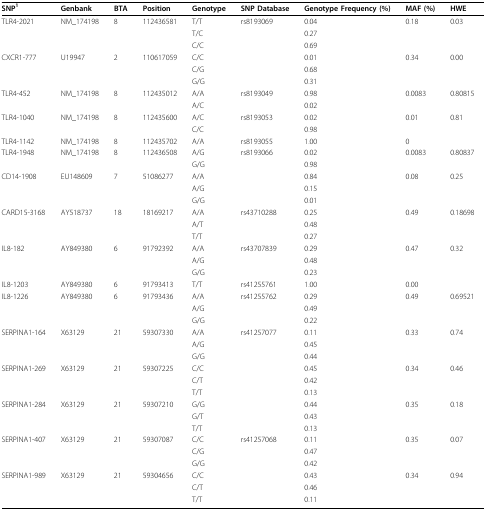
<table><thead><tr><td><b>SNP<sup>1</sup></b></td><td><b>Genbank</b></td><td><b>BTA</b></td><td><b>Position</b></td><td><b>Genotype</b></td><td><b>SNP Database</b></td><td><b>Genotype Frequency (%)</b></td><td><b>MAF (%)</b></td><td><b>HWE</b></td></tr></thead><tbody><tr><td>TLR4-2021</td><td>NM_174198</td><td>8</td><td>112436581</td><td>T/T</td><td>rs8193069</td><td>0.04</td><td>0.18</td><td>0.03</td></tr><tr><td></td><td></td><td></td><td></td><td>T/C</td><td></td><td>0.27</td><td></td><td></td></tr><tr><td></td><td></td><td></td><td></td><td>C/C</td><td></td><td>0.69</td><td></td><td></td></tr><tr><td>CXCR1-777</td><td>U19947</td><td>2</td><td>110617059</td><td>C/C</td><td></td><td>0.01</td><td>0.34</td><td>0.00</td></tr><tr><td></td><td></td><td></td><td></td><td>C/G</td><td></td><td>0.68</td><td></td><td></td></tr><tr><td></td><td></td><td></td><td></td><td>G/G</td><td></td><td>0.31</td><td></td><td></td></tr><tr><td>TLR4-452</td><td>NM_174198</td><td>8</td><td>112435012</td><td>A/A</td><td>rs8193049</td><td>0.98</td><td>0.0083</td><td>0.80815</td></tr><tr><td></td><td></td><td></td><td></td><td>A/C</td><td></td><td>0.02</td><td></td><td></td></tr><tr><td>TLR4-1040</td><td>NM_174198</td><td>8</td><td>112435600</td><td>A/C</td><td>rs8193053</td><td>0.02</td><td>0.01</td><td>0.81</td></tr><tr><td></td><td></td><td></td><td></td><td>C/C</td><td></td><td>0.98</td><td></td><td></td></tr><tr><td>TLR4-1142</td><td>NM_174198</td><td>8</td><td>112435702</td><td>A/A</td><td>rs8193055</td><td>1.00</td><td>0</td><td></td></tr><tr><td>TLR4-1948</td><td>NM_174198</td><td>8</td><td>112436508</td><td>A/G</td><td>rs8193066</td><td>0.02</td><td>0.0083</td><td>0.80837</td></tr><tr><td></td><td></td><td></td><td></td><td>G/G</td><td></td><td>0.98</td><td></td><td></td></tr><tr><td>CD14-1908</td><td>EU148609</td><td>7</td><td>51086277</td><td>A/A</td><td></td><td>0.84</td><td>0.08</td><td>0.25</td></tr><tr><td></td><td></td><td></td><td></td><td>A/G</td><td></td><td>0.15</td><td></td><td></td></tr><tr><td></td><td></td><td></td><td></td><td>G/G</td><td></td><td>0.01</td><td></td><td></td></tr><tr><td>CARD15-3168</td><td>AY518737</td><td>18</td><td>18169217</td><td>A/A</td><td>rs43710288</td><td>0.25</td><td>0.49</td><td>0.18698</td></tr><tr><td></td><td></td><td></td><td></td><td>A/T</td><td></td><td>0.48</td><td></td><td></td></tr><tr><td></td><td></td><td></td><td></td><td>T/T</td><td></td><td>0.27</td><td></td><td></td></tr><tr><td>IL8-182</td><td>AY849380</td><td>6</td><td>91792392</td><td>A/A</td><td>rs43707839</td><td>0.29</td><td>0.47</td><td>0.32</td></tr><tr><td></td><td></td><td></td><td></td><td>A/G</td><td></td><td>0.48</td><td></td><td></td></tr><tr><td></td><td></td><td></td><td></td><td>G/G</td><td></td><td>0.23</td><td></td><td></td></tr><tr><td>IL8-1203</td><td>AY849380</td><td>6</td><td>91793413</td><td>T/T</td><td>rs41255761</td><td>1.00</td><td>0.00</td><td></td></tr><tr><td>IL8-1226</td><td>AY849380</td><td>6</td><td>91793436</td><td>A/A</td><td>rs41255762</td><td>0.29</td><td>0.49</td><td>0.69521</td></tr><tr><td></td><td></td><td></td><td></td><td>A/G</td><td></td><td>0.49</td><td></td><td></td></tr><tr><td></td><td></td><td></td><td></td><td>G/G</td><td></td><td>0.22</td><td></td><td></td></tr><tr><td>SERPINA1-164</td><td>X63129</td><td>21</td><td>59307330</td><td>A/A</td><td>rs41257077</td><td>0.11</td><td>0.33</td><td>0.74</td></tr><tr><td></td><td></td><td></td><td></td><td>A/G</td><td></td><td>0.45</td><td></td><td></td></tr><tr><td></td><td></td><td></td><td></td><td>G/G</td><td></td><td>0.44</td><td></td><td></td></tr><tr><td>SERPINA1-269</td><td>X63129</td><td>21</td><td>59307225</td><td>C/C</td><td></td><td>0.45</td><td>0.34</td><td>0.46</td></tr><tr><td></td><td></td><td></td><td></td><td>C/T</td><td></td><td>0.42</td><td></td><td></td></tr><tr><td></td><td></td><td></td><td></td><td>T/T</td><td></td><td>0.13</td><td></td><td></td></tr><tr><td>SERPINA1-284</td><td>X63129</td><td>21</td><td>59307210</td><td>G/G</td><td></td><td>0.44</td><td>0.35</td><td>0.18</td></tr><tr><td></td><td></td><td></td><td></td><td>G/T</td><td></td><td>0.43</td><td></td><td></td></tr><tr><td></td><td></td><td></td><td></td><td>T/T</td><td></td><td>0.13</td><td></td><td></td></tr><tr><td>SERPINA1-407</td><td>X63129</td><td>21</td><td>59307087</td><td>C/C</td><td>rs41257068</td><td>0.11</td><td>0.35</td><td>0.07</td></tr><tr><td></td><td></td><td></td><td></td><td>C/G</td><td></td><td>0.47</td><td></td><td></td></tr><tr><td></td><td></td><td></td><td></td><td>G/G</td><td></td><td>0.42</td><td></td><td></td></tr><tr><td>SERPINA1-989</td><td>X63129</td><td>21</td><td>59304656</td><td>C/C</td><td></td><td>0.43</td><td>0.34</td><td>0.94</td></tr><tr><td></td><td></td><td></td><td></td><td>C/T</td><td></td><td>0.46</td><td></td><td></td></tr><tr><td></td><td></td><td></td><td></td><td>T/T</td><td></td><td>0.11</td><td></td><td></td></tr></tbody></table>